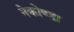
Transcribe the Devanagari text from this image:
नेकोण्डा